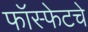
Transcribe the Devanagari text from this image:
फॉस्फेटचे